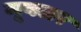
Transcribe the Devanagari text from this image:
मूवलर